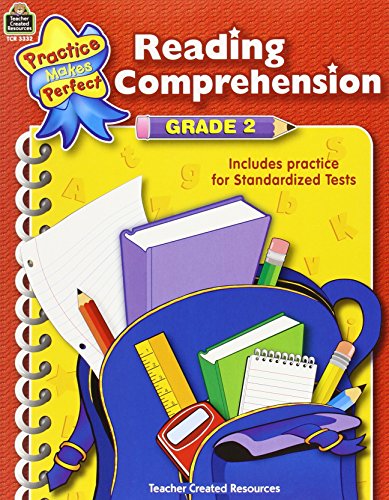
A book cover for Reading Comprehension Grade 2; Teacher Created Resources Staff; Reference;